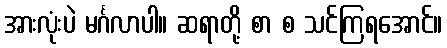
အားလုံးပဲ မင်္ဂလာပါ။ ဆရာတို့ စာ စ သင်ကြရအောင်။